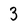
Character: 3